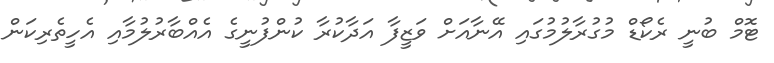
ޓޮމް ބުނީ ރެކޯޑް މުގުރާލުމުގައި އޭނާއަށް ވަޒީފާ އަދާކުރާ ކުންފުނީގެ އެއްބާރުލުމާއި އެހީތެރިކަން